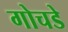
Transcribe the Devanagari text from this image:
गोचडे